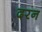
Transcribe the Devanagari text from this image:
दरन